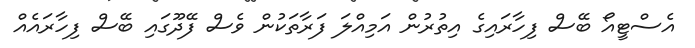
އެސްޓީއޯ ބޭސް ފިހާރައިގެ އިތުރުން އަމިއްލަ ފަރާތަކުން ވެސް ފޭދޫގައި ބޭސް ފިހާރައެއް